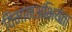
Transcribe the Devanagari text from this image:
विमानअभियंता